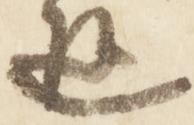
返